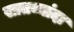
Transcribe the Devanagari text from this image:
सातव्यांदा